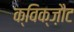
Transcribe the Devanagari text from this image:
क्विक्ज़ौट